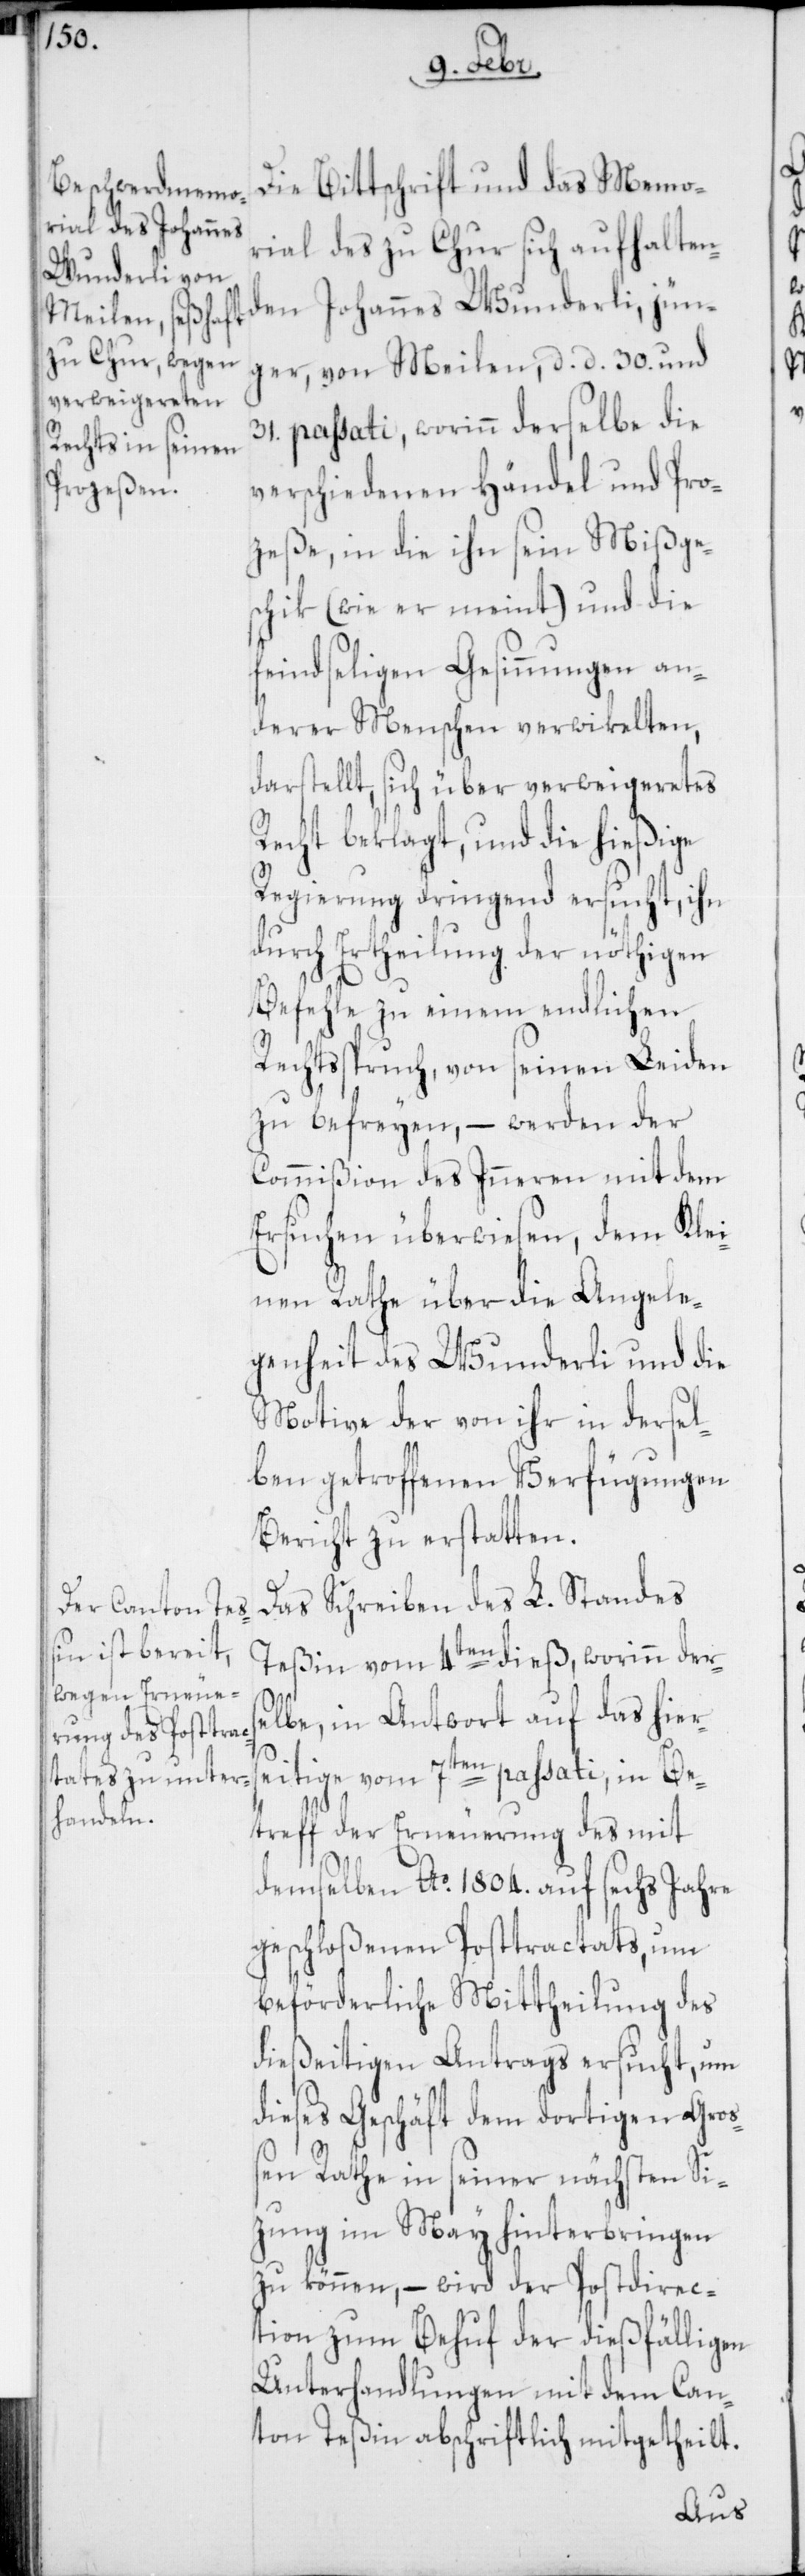
Die Bittschrift und das Memo¬
rial des zu Chur sich aufhalten¬
den Johannes Wunderli, jün¬
ger, von Meilen, d. d. 30sten und
31. passati, worinn derselbe die
verschiedenen Händel und Pro¬
zeße, in die ihn sein Mißge¬
schik (wie er meint) und die
feindseligen Gesinnungen an¬
derer Menschen verwikelten,
darstellt, sich über verweigeretes
Recht beklagt, und die hießige
Regierung dringend ersucht, ihn
durch Ertheilung der nöthigen
Befehle zu einem endlichen
Rechtsspruch, von seinen Leiden
zu befreyen, – werden der
Commißion des Inneren mit dem
Ersuchen überwiesen, dem Klei¬
nen Rathe über die Angele¬
genheit des Wunderli und die
Motive der von ihr in dersel¬
ben getroffenen Verfügungen
Bericht zu erstatten.
Das Schreiben des L. Standes
Teßin vom 4ten dieß, worinn derse¬
lbe, in Antwort auf das hiers¬
eitige vom 7ten passati, in Be¬
treff der Erneuerung des mit
demselben Ao 1804. auf sechs Jahre
geschloßenen Posttractats, um
beförderliche Mittheilung des
dießeitigen Antrags ersucht, um
dieses Geschäft dem dortigen Groß¬
en Rathe in seiner nächsten Si¬
zung im May hinterbringen
zu können, – wird der Postdirec¬
tion zum Behuf der dießfälligen
Unterhandlungen mit dem Can¬
ton Teßin abschriftlich mitgetheilt.